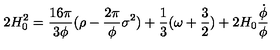
2 H _ { 0 } ^ { 2 } = \frac { 1 6 { \pi } } { 3 { \phi } } ( { \rho } - \frac { 2 { \pi } } { \phi } { \sigma } ^ { 2 } ) + \frac { 1 } { 3 } ( { \omega } + \frac { 3 } { 2 } ) + 2 H _ { 0 } \frac { \dot { \phi } } { \phi }